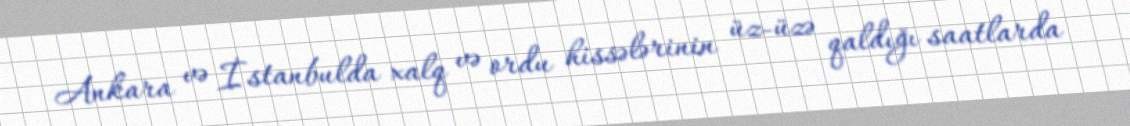
Ankara və İstanbulda xalq və ordu hissələrinin üz-üzə qaldığı saatlarda